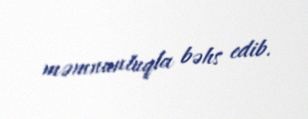
məmnunluqla bəhs edib.